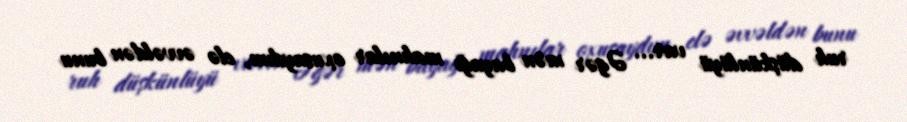
ruh düşkünlüyü var... Əgər mən bayağı mahnılar oxusaydım, elə əvvəldən bunu